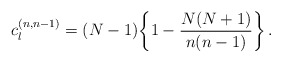
\begin{align*}c_l^{(n,n-1)} = (N-1) \bigg\{ 1 - {N(N+1)\over n(n-1)}\bigg\}\,.\end{align*}